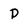
Character: D